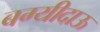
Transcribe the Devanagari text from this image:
बग्यीदाऊ